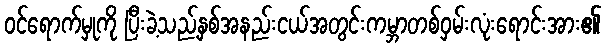
ဝင်ရောက်မှုကို ပြီးခဲ့သည့်နှစ်အနည်းငယ်အတွင်းကမ္ဘာတစ်ဝှမ်းလုံးရောင်းအား၏